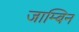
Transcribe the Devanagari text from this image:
जाम्बिन